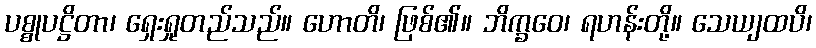
ပစ္စုပဋ္ဌိတာ၊ ရှေးရှုတည်သည်။ ဟောတိ၊ ဖြစ်၏။ ဘိက္ခဝေ၊ ရဟန်းတို့။ သေယျထပိ၊